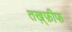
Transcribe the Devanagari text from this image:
तख़्फ़ीफ